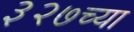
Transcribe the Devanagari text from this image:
३२७च्या